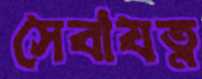
সেবাযত্ন